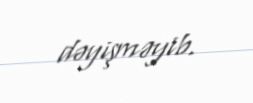
dəyişməyib.